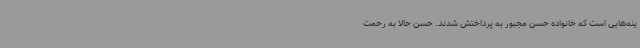
ینه‌هایی است که خانواده حسن مجبور به پرداختش شدند. حسن حالا به رحمت